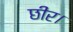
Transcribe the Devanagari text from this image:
छीर।